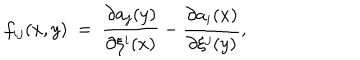
f _ { i j } ( x , y ) ~ = ~ \frac { \partial a _ { j } ( y ) } { \partial \xi ^ { i } ( x ) } - \frac { \partial a _ { i } ( x ) } { \partial \xi ^ { j } ( y ) } ,